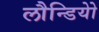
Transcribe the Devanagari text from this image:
लौन्डियोे